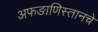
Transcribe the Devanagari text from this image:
अफङाणिस्तानचे